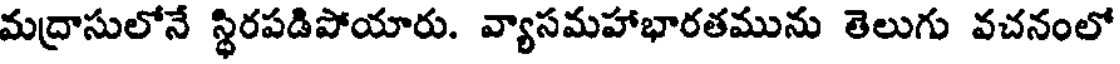
మద్రాసులోనే స్థిరపడిపోయారు. వ్యాసమహాభారతమును తెలుగు వచనంలో